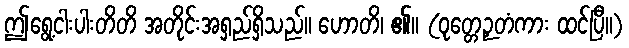
ဤရွေ့ငါးပါးတိတိ အတိုင်းအရှည်ရှိသည်။ ဟောတိ၊ ၏။ (ဝုတ္တေဉှတံကား ထင်ပြီ။)